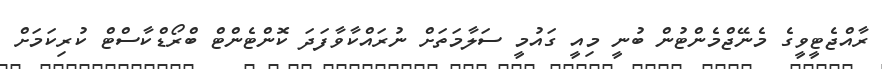
ރާއްޖެޓީވީގެ މެނޭޖްމެންޓުން ބުނީ މިއީ ގައުމީ ސަލާމަތަށް ނުރައްކާވާފަދަ ކޮންޓެންޓް ބްރޯޑްކާސްޓް ކުރިކަމަށް